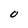
Character: O